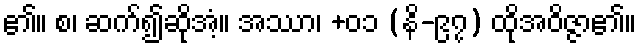
၏။ စ၊ ဆက်၍ဆိုအံ့။ အဿာ၊ +၀၁ (နိ-၉၇) ထိုအဝိဇ္ဇာ၏။